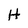
Character: H